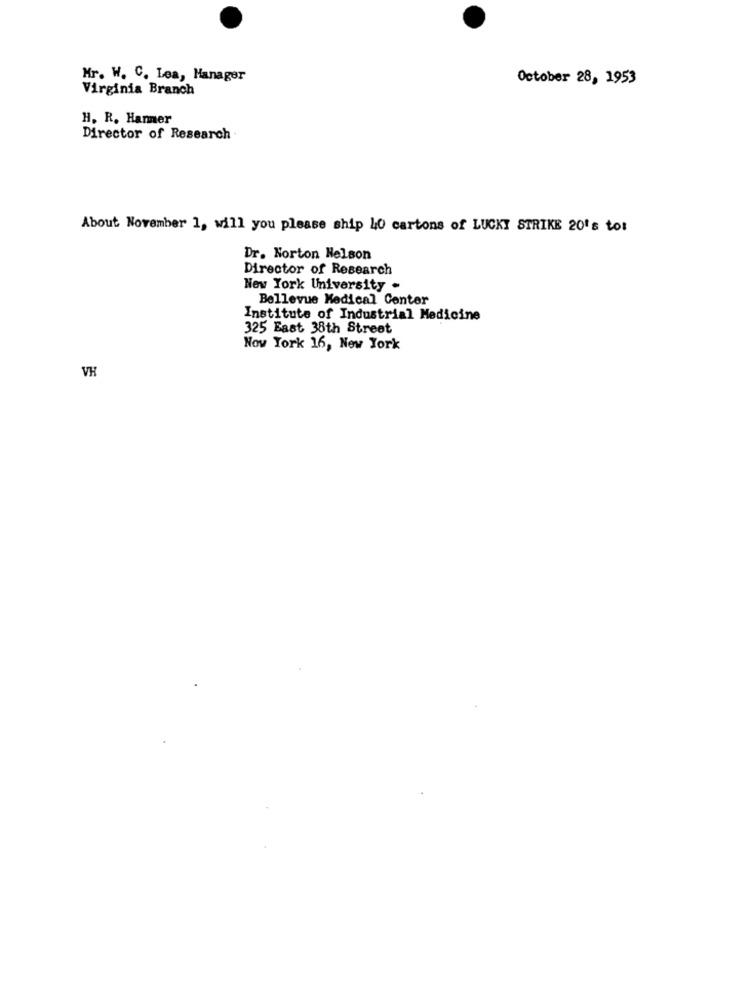
Mr. W. C. Lea, Manager
October 28, 1953
Virginia Branch
H. R. Haner
Director of Research
About November 1, will you please ship 40 cartons of LUCKY STRIKE 20's to:
Dr. Norton Nelson
Director of Research
New York University .
Bellevue Medical Center
Institute of Industrial Medicine
325 East 38th Street
Now York 16, New York
VH